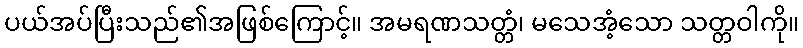
ပယ်အပ်ပြီးသည်၏အဖြစ်ကြောင့်။ အမရဏသတ္တံ၊ မသေအံ့သော သတ္တဝါကို။